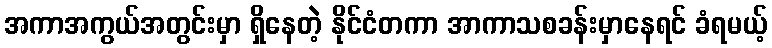
အကာအကွယ်အတွင်းမှာ ရှိနေတဲ့ နိုင်ငံတကာ အာကာသစခန်းမှာနေရင် ခံရမယ့်